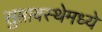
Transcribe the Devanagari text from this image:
सुप्तावस्थेमध्ये